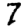
Digit: 7